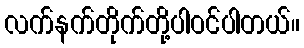
လက်နက်တိုက်တို့ပါဝင်ပါတယ်။